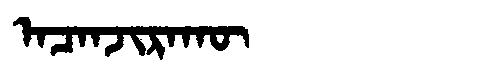
Manchu: ᠠᠴᠠᠨᠵᡳᡵᠠᡴᡡ
Romanization: ACANJIRAKŪ